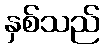
နှစ်သည်